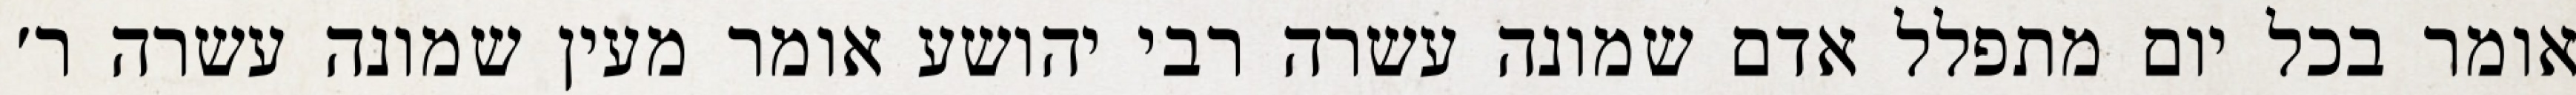
אומר בכל יום מתפלל אדם שמונה עשרה רבי יהושע אומר מעין שמונה עשרה ר׳